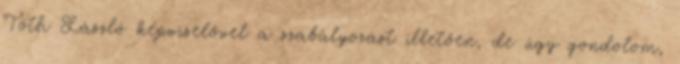
Tóth László képviselővel a szabályozást illetően, de úgy gondolom,